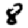
Digit: 8